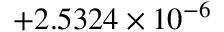
\phantom { 0 0 0 } { + 2 . 5 3 2 4 } \times 1 0 ^ { - 6 }